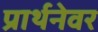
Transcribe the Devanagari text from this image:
प्रार्थनेवर